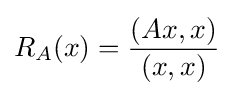
R_{A}(x)={\frac {(Ax,x)}{(x,x)}}